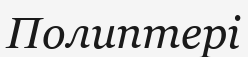
Полиптері